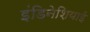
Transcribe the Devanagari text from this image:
इंडिनेशियाई